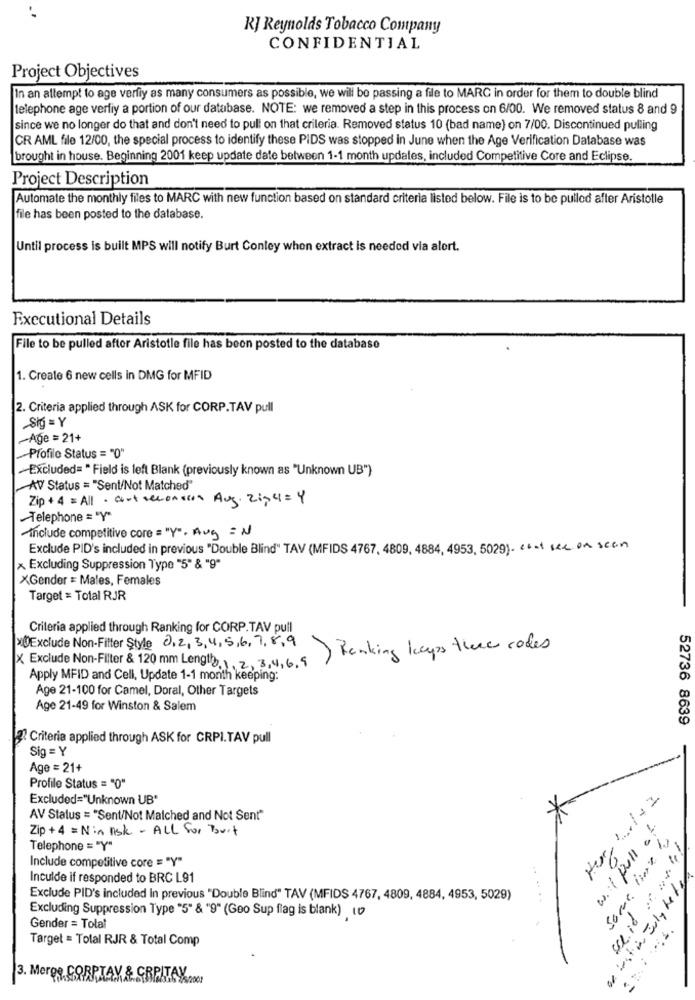
KJ Reynolds Tobacco Company
CONFIDENTIAL
Project Objectives
In an attempt to age verfiy as many consumers as possible, we will be passing a file to MARC in order for them to double blind
telephone age verfiy a portion of our database. NOTE: we removed a step in this process on 6/00. We removed status 8 and 9
since we no longer do that and don't need to pull on that crileria. Removed status 10 (bad name) on 7/00. Discontinued pulling
CR AML file 12/00, the special process to identify these PIDS was stopped in June when the Age Verification Database was
brought in house. Beginning 2001 keep update date between 1-1 month updates, included Competitive Core and Eclipse.
Project Description
Automate the monthly files to MARC with new function based on standard criteria listed below. File is to be pulled after Aristotle
file has been posted to the database.
Until process is built MPS will notify Burt Conley whon extract is needed via alert.
Executional Details
File to be pulled after Aristotle file has been posted to the database
1. Create 6 new cells in DMG for MFID
2. Criteria applied through ASK for CORP.TAV pull
Sig = Y
-Age = 21+
Profile Status = "0"
-Excluded= " Field is left Blank (previously known as "Unknown UB")
AV Status = "Sent/Not Matched"
Zip+4 = All · cort seconsion Aug. 2:0 4=4
Telephone = "Y"
Include competitive core = "Y". Aug = N
Exclude PID's included in previous "Double Blind" TAV (MFIDS 4767, 4809, 4884, 4953, 5029). c+ + sex on scan
Excluding Suppression Type "5" & "9"
XGender = Males, Females
Target = Total RJR
Criteria applied through Ranking for CORP.TAV pull
XDExclude Non-Fitter Style 0,2, 3,4,5,6. 7.8.9
Ranking keys there codes
X Exclude Non-Filter & 120 mm Lengt2,1, 2, 3,4, 6,9
Apply MFID and Cell, Update 1-1 month keeping:
Age 21-100 for Camel, Doral, Other Targets
Age 21-49 for Winston & Salem
52736 8639
3 Criteria applied through ASK for CRPI.TAV pull
Sig = Y
Age = 21+
Profile Status = "0"
Excluded="Unknown UB*
Her 1.1+2
AV Status = "Sent/Not Malched and Not Sent"
Zip+4 = Nin Ask - ALL for Burt
some horn by
Telephone = "Y"
Include competitive core = "Y"
o vest in July Lety
Inculde if responded to BRC L91
Exclude PID's included In previous "Double Blind" TAV (MFIDS 4767, 4809, 4884, 4953, 5029)
Excluding Suppression Type "5" & "9" (Geo Sup flag is blank) 10
Gender = Total
Target = Total RJR & Total Comp
3. Merge CORPIAV & GRPITAV.